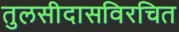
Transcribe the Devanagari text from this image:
तुलसीदासविरचित